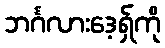
ဘင်္ဂလားဒေ့ရှ်ကို